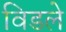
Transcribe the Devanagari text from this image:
विडले